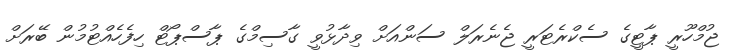
ޖުމްހޫރީ ޕާޓީގެ ސެކްރެޓަރީ ޖެނެރަލް ސަންއަށް ވިދާޅުވީ ގާސިމްގެ ޕާސްޕޯޓް ހިފެހެއްޓުމުން ބޭރަށް